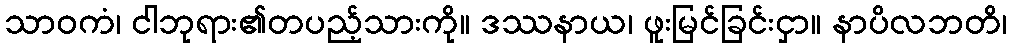
သာဝကံ၊ ငါဘုရား၏တပည့်သားကို။ ဒဿနာယ၊ ဖူးမြင်ခြင်းငှာ။ နာပိလဘတိ၊